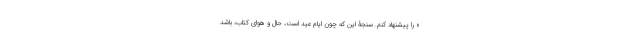
» را پیشنهاد کنم. سنجۀ این که چون ایام عید است، حال و هوای کتاب، باشد